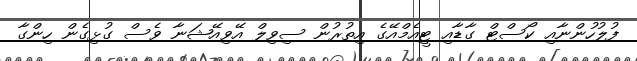
ފުލުހުންނާއި ކޯސްޓް ގާޑާއި ޓީއެމްއޭގެ އިތުރުން ސިވިލް އޭވިއޭޝަނާ ވެސް ގުޅިގެން ހިންގާ